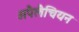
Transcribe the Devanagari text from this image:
अपैलैचियन